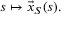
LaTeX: s \mapsto { \vec { x } } _ { S } ( s ) .